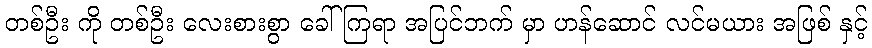
တစ်ဦး ကို တစ်ဦး လေးစားစွာ ခေါ်ကြရာ အပြင်ဘက် မှာ ဟန်ဆောင် လင်မယား အဖြစ် နှင့်